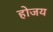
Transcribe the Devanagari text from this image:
होजय